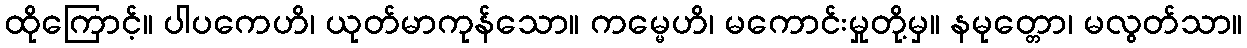
ထိုကြောင့်။ ပါပကေဟိ၊ ယုတ်မာကုန်သော။ ကမ္မေဟိ၊ မကောင်းမှုတို့မှ။ နမုတ္တော၊ မလွတ်သာ။